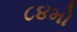
૮૪મો